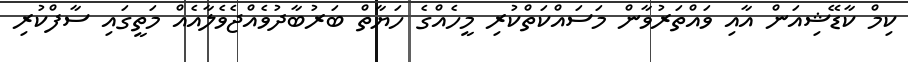
ކިމް ކާޑޭޝިއަން އާއި ވައްތަރުވާން މަސައްކަތްކުރި މީހެއްގެ ހަޔާތް ބަރުބާދުވެއްޖެވެލާއެއް މަތީގައި ސާފްކުރި